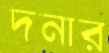
দনার